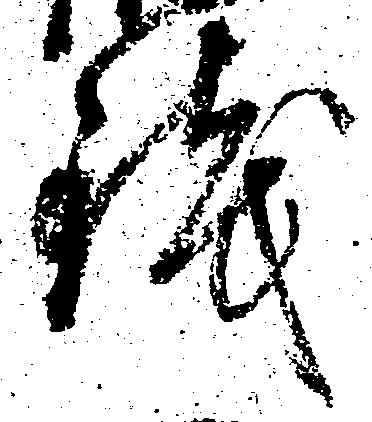
銭